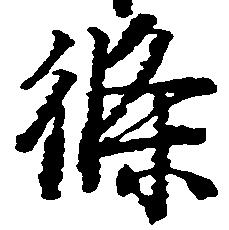
条